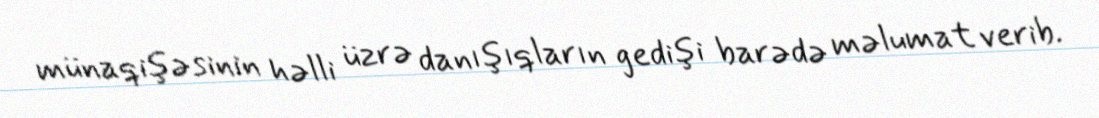
münaqişəsinin həlli üzrə danışıqların gedişi barədə məlumat verib.